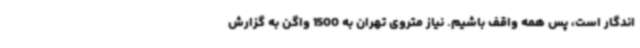
اندگار است، پس همه واقف باشیم. نیاز متروی تهران به 1500 واگن به گزارش